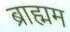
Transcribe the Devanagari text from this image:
ब्राह्मम